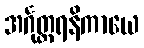
အင်္ဂုတ္တရနိကာယေ